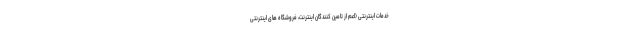
خدمات اینترنتی (اعم از تامین کنندگان اینترنت، فروشگاه های اینترنتی